Vaccination in Burma 1920-1933 - 1920-1933
Year: 1920
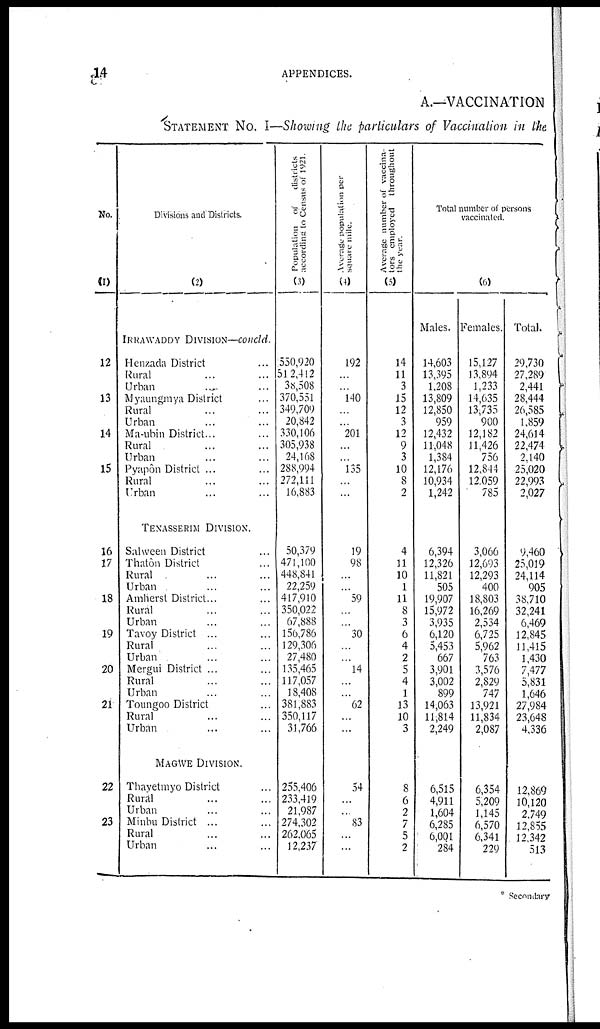
14
APPENDICES.
A.—VACCINATION
STATEMENT No. I—Showing the particulars of Vaccination in the
No.
(1)
12
13
14
15
16
17
18
19
20
21
22
23
Divisions and Districts.
(2)
IRRAWADDY DIVISION—concld.
Henzada District ...
Rural ... ...
Urban ... ...
Myaungmya District ...
Rural ... ...
Urban ... ...
Ma-ubin District... ...
Rural ... ...
Urban ... ...
Pyapôn District ... ...
Rural ... ...
Urban ... ...
TENASSERIM DIVISION.
Salween District ...
Thatôn District ...
Rural ... ...
Urban ... ...
Amherst District... ...
Rural ... ...
Urban ... ...
Tavoy District ... ...
Rural ... ...
Urban ... ...
Mergui District ...
Rural ... ...
Urban ... ...
Toungoo District ... ...
Rural ... ...
Urban ... ...
MAGWE DIVISION.
Thayetmyo District ...
Rural ... ...
Urban ... ...
Minbu District ... ...
Rural ... ...
Urban ... ...
Population of
districts
according to Census of 1921.
(3)
550,920
512,412
38,508
370,551
349,709
20,842
330,106
305,938
24,168
288,994
272,111
16,883
50,379
471,100
448,841
22,259
417,910
350,022
67,888
156,786
129,306
27,480
135,465
117,057
18,408
381,883
350,117
31,766
255,406
233,419
21,987
274,302
262,065
12,237
Average population per
square mile.
(4)
192
...
...
140
...
...
201
...
...
135
...
...
19
98
...
...
59
...
...
30
...
...
14
...
...
62
...
...
54
...
...
83
...
...
Average number of vaccina-
tors employed throughout
the year.
(5)
14
11
3
15
12
3
12
9
3
10
8
2
4
11
10
1
11
8
3
6
4
2
5
4
1
13
10
3
8
6
2
7
5
2
Total number of persons
vaccinated.
(6)
Males.
14,603
13,395
1,208
13,809
12,850
959
12,432
11,048
1,384
12,176
10,934
1,242
6,394
12,326
11,821
505
19,907
15,972
3,935
6,120
5,453
667
3,901
3,002
899
14,063
11,814
2,249
6,515
4,911
1,604
6,285
6,001
284
Females.
15,127
13,894
1,233
14,635
13,735
900
12,182
11,426
756
12,844
12,059
785
3,066
12,693
12,293
400
18,803
16,269
2,534
6,725
5,962
763
3,576
2,829
747
13,921
11,834
2,087
6,354
5,209
1,145
6,570
6,341
229
Total.
29,730
27,289
2,441
28,444
26,585
1,859
24,614
22,474
2,140
25,020
22,993
2,027
9,460
25,019
24,114
905
38,710
32,241
6,469
12,845
11,415
1,430
7,477
5,831
1,646
27,984
23,648
4,336
12,869
10,120
2,749
12,855
12,342
513
* Secondary